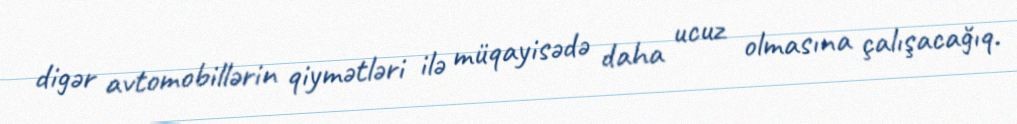
digər avtomobillərin qiymətləri ilə müqayisədə daha ucuz olmasına çalışacağıq.